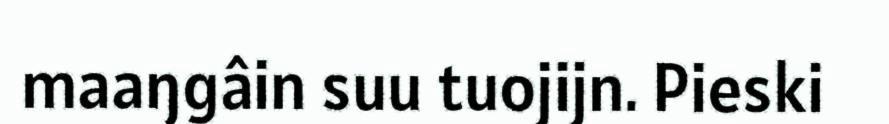
maaŋgâin suu tuojijn. Pieski